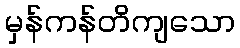
မှန်ကန်တိကျသော